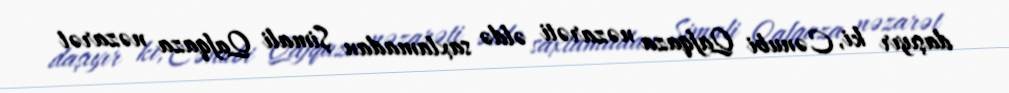
daşıyır ki, Cənubi Qafqaza nəzarəti əldə saxlamadan Şimali Qafqaza nəzarət